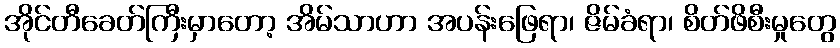
အိုင်တီခေတ်ကြီးမှာတော့ အိမ်သာဟာ အပန်းဖြေရာ၊ ဇိမ်ခံရာ၊ စိတ်ဖိစီးမှုတွေ